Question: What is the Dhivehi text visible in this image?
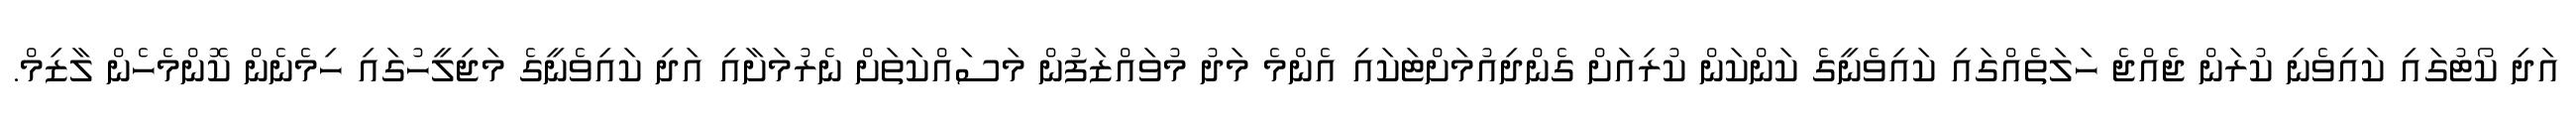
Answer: އަދި ކޯޓުގައި ކައިވެނި ކުރަން ޖެއްޖެ ހަލަތެއްގައި ކައިވެނީގެ ކަންކަން ކުރިއަށް ގެންދިއުމަށްޓަކައި އެންމެ މަދު މުވައްޒަފުން މަސައްކަތަށް ނެރުމަށާއި އަދި ކައިވެނީގެ މަޖިލީހުގައި ހިމެނެން ކޮންމެހެން ލާޒިމް.